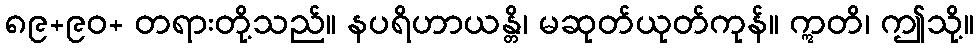
၈၉+၉၀+ တရားတို့သည်။ နပရိဟာယန္တိ၊ မဆုတ်ယုတ်ကုန်။ ဣတိ၊ ဤသို့။